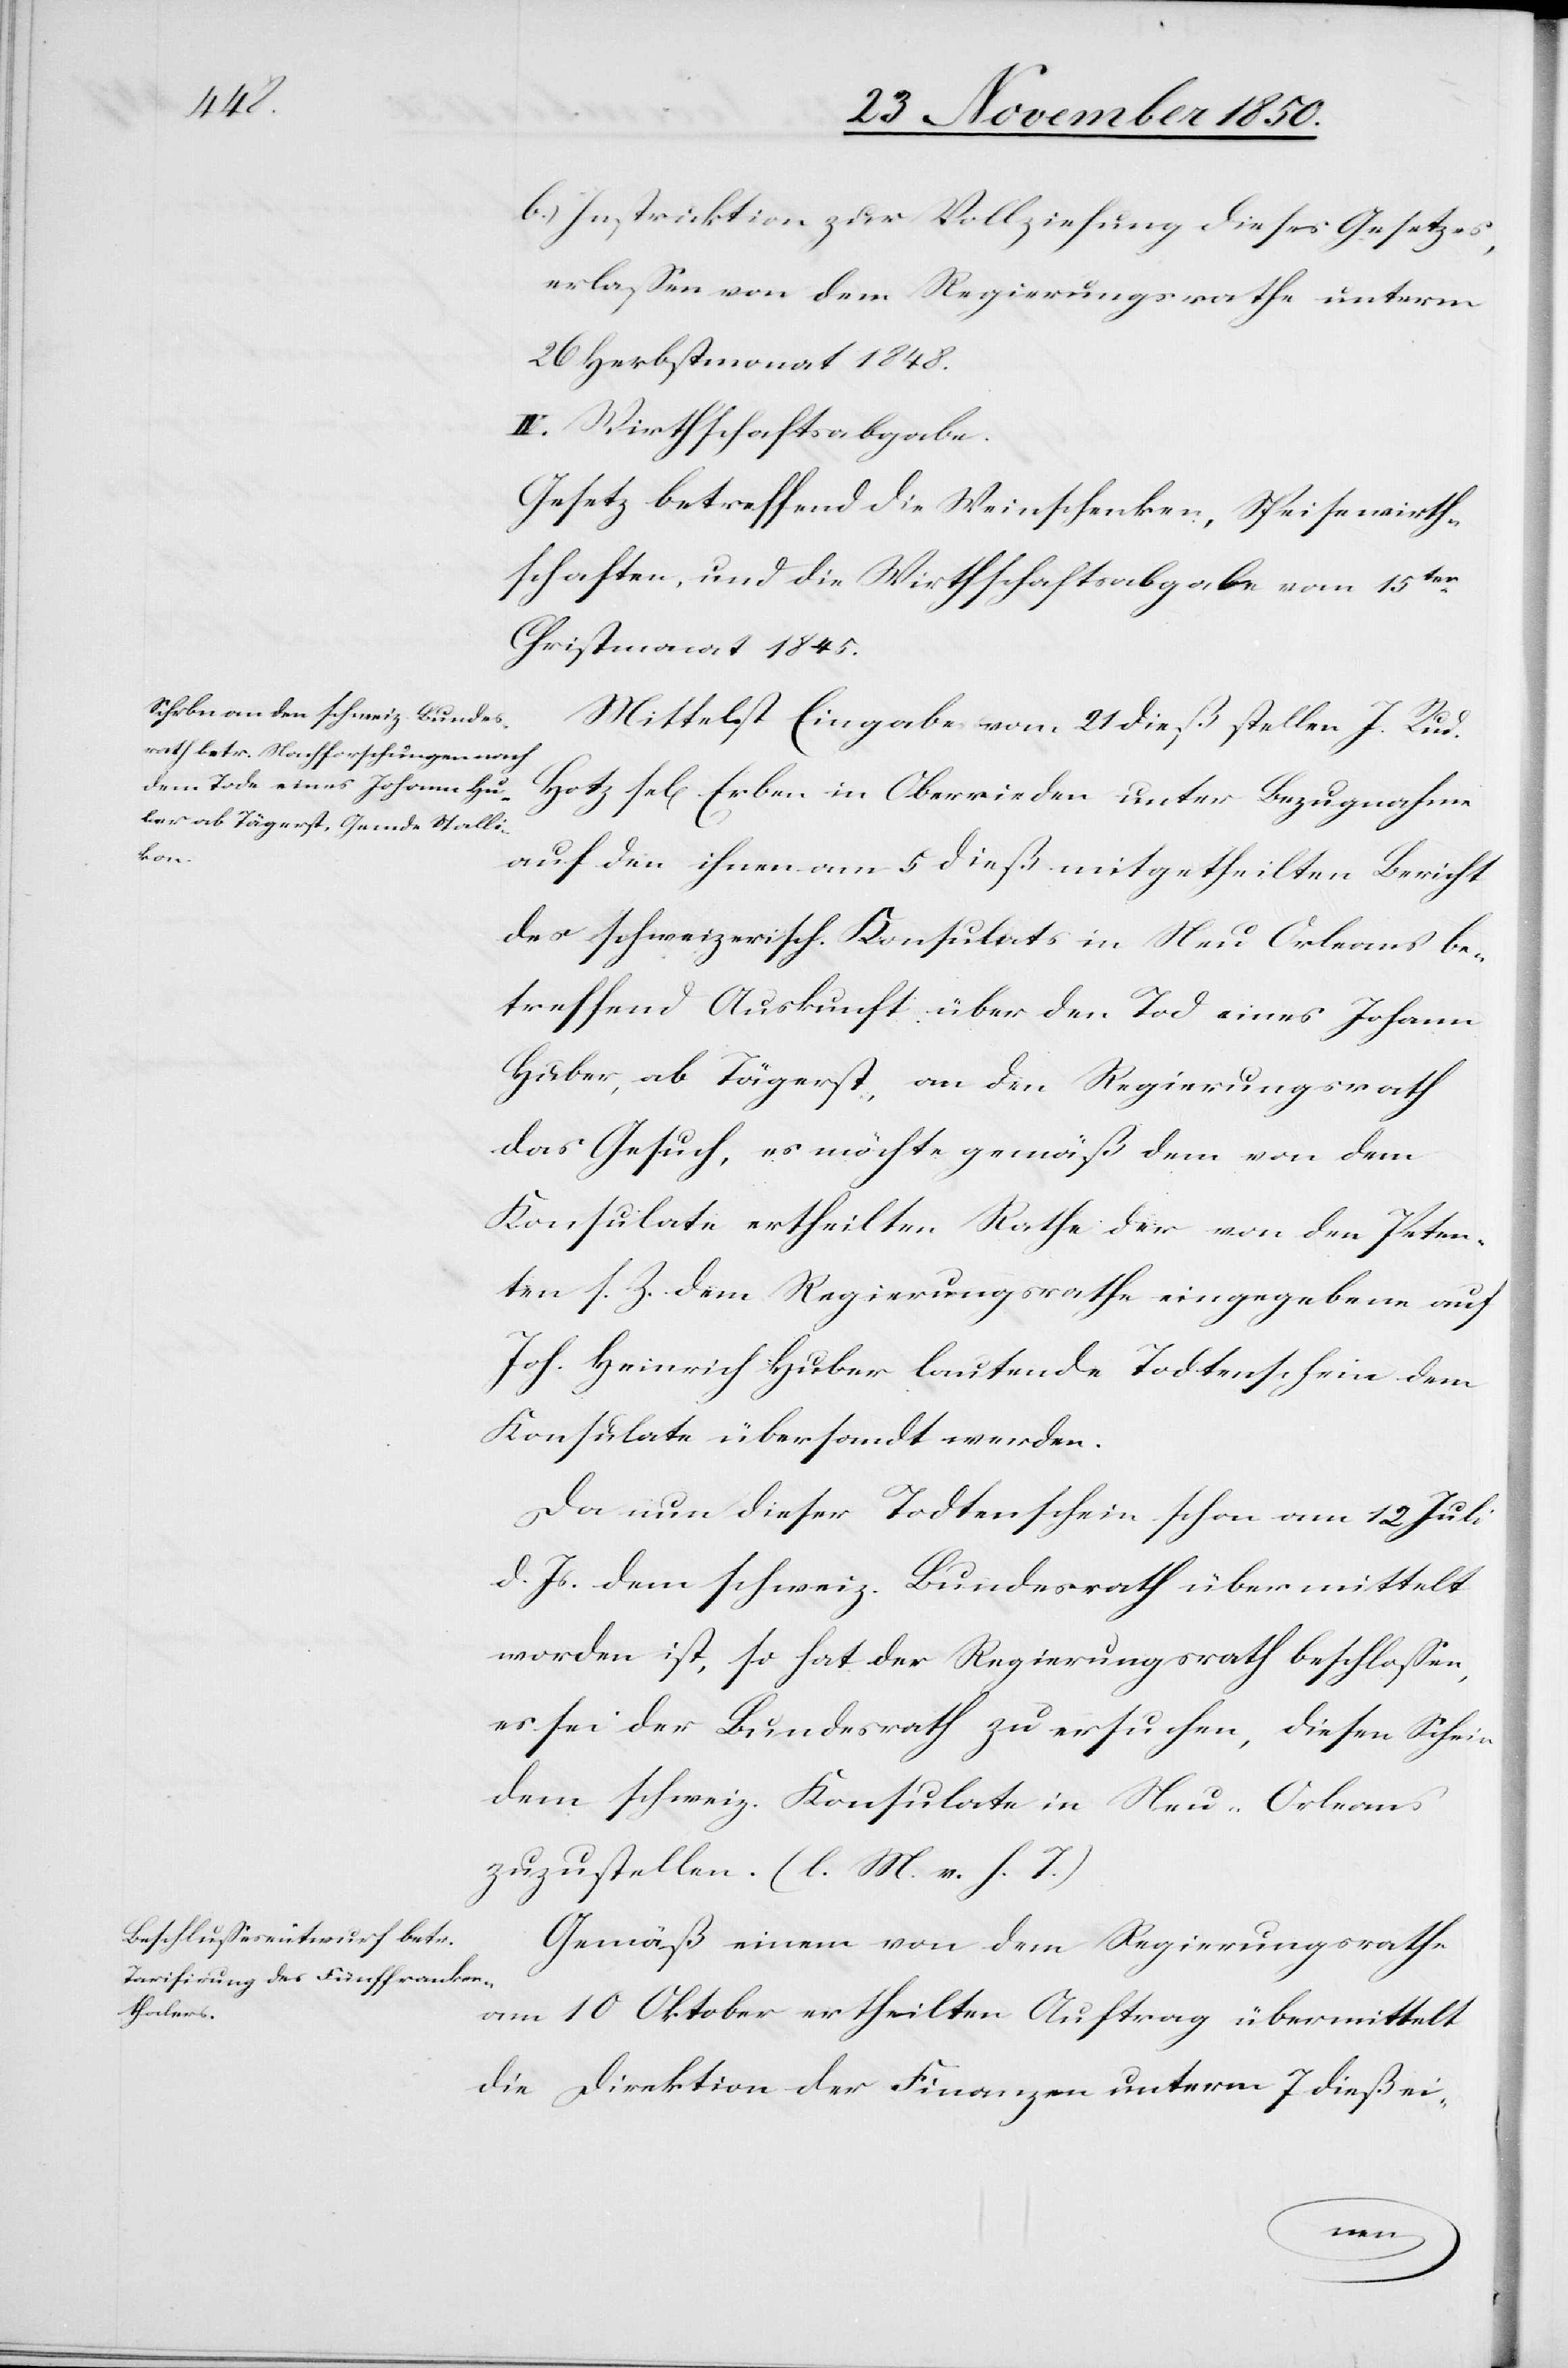
b.) Instruktion zur Vollziehung dieses Gesetzes,
erlassen von dem Regierungsrathe unterm
26 Herbstmonat 1848.
Mittelst Eingabe vom 21 dieß stellen J. Rud.
Hotz se[lig] Erben in Oberrieden unter Bezugnahme
auf den ihnen am 5 dieß mitgetheilten Bericht
des schweizerisch. Konsulats in Neu Orleans be¬
treffend Auskunft über den Tod eines Johann
Huber, ab Tägerst, an den Regierungsrath
das Gesuch, es möchte gemäß dem von dem
Konsulate ertheilten Rathe der von den Peten¬
ten s. Z. dem Regierungsrathe eingegebene auf
Joh. Heinrich Huber lautende Todtenschein dem
Konsulate übersandt werden.
Da nun dieser Todtenschein schon am 12 Juli
d. Js. dem schweiz. Bundesrath übermittelt
worden ist, so hat der Regierungsrath beschlossen,
es sei der Bundesrath zu ersuchen, diesen Schein
dem schweiz. Konsulate in Neu-Orleans
zuzustellen. (l. M. v. h. T.)
Gemäß einem von dem Regierungsrathe
am 10 Oktober ertheilten Auftrag übermittelt
die Direktion der Finanzen unterm 7 dieß ei-